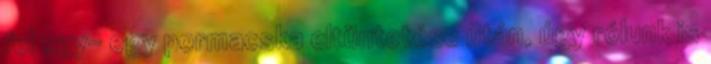
fel egy- egy pormacska eltüntetése után, úgy rólunk is